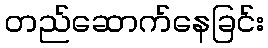
တည်ဆောက်နေခြင်း